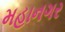
મહાનગર